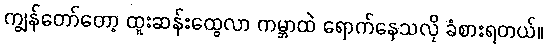
ကျွန်တော်တော့ ထူးဆန်းထွေလာ ကမ္ဘာထဲ ရောက်နေသလို ခံစားရတယ်။